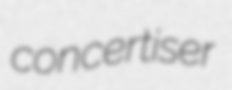
concertiser